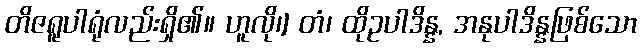
တိဇရူပါရုံလည်းရှိ၏။ ဟူလို၊] တံ၊ ထိုဥပါဒိန္န, အနုပါဒိန္နဖြစ်သော